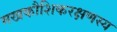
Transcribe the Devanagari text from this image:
मखकौशिकरक्षणस्य